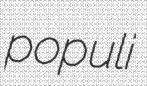
populi